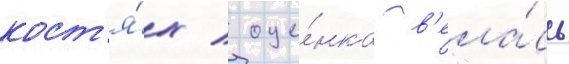
кост'я́х / оце́нка в'ела́сь